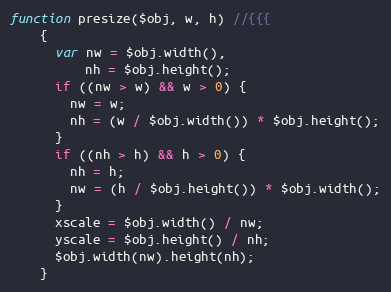
Language: JavaScript
function presize($obj, w, h) //{{{
    {
      var nw = $obj.width(),
          nh = $obj.height();
      if ((nw > w) && w > 0) {
        nw = w;
        nh = (w / $obj.width()) * $obj.height();
      }
      if ((nh > h) && h > 0) {
        nh = h;
        nw = (h / $obj.height()) * $obj.width();
      }
      xscale = $obj.width() / nw;
      yscale = $obj.height() / nh;
      $obj.width(nw).height(nh);
    }